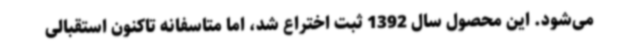
می‌شود. این محصول سال 1392 ثبت اختراع شد، اما متاسفانه تاکنون استقبالی